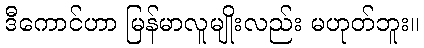
ဒီကောင်ဟာ မြန်မာလူမျိုးလည်း မဟုတ်ဘူး။